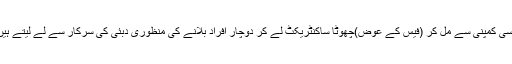
کسی کمپنی سے مل کر (فیس کے عوض)چھوٹا ساکنٹریکٹ لے کر دوچار افراد بلانے کی منظوری دبئی کی سرکار سے لے لیتے ہیں۔